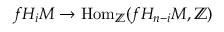
f H _ { i } M \to \mathrm { H o m } _ { \mathbb { Z } } ( f H _ { n - i } M , \mathbb { Z } )